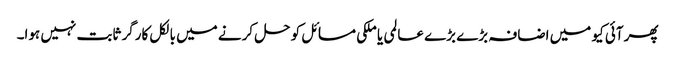
پھر آئی کیو میں اضافہ بڑے بڑے عالمی یا ملکی مسائل کو حل کرنے میں بالکل کارگر ثابت نہیں ہوا۔